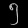
Digit: ၅